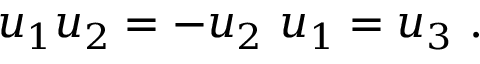
u _ { 1 } u _ { 2 } = - u _ { 2 } \ u _ { 1 } = u _ { 3 } ~ .